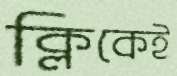
ক্লিকেই